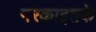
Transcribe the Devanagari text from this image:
नरकाइतके